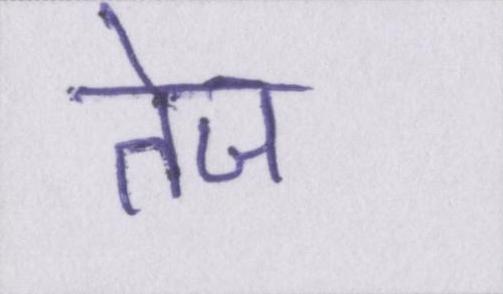
तेज